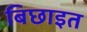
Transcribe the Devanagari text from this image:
बिछाइत